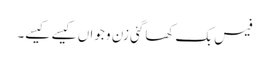
فیس بک کھاگئی زن و جواں کیسے کیسے۔